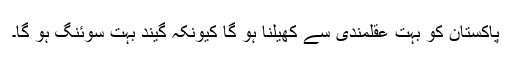
پاکستان کو بہت عقلمندی سے کھیلنا ہو گا کیونکہ گیند بہت سوئنگ ہو گا۔